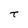
Character: t